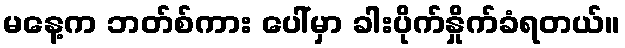
မနေ့က ဘတ်စ်ကား ပေါ်မှာ ခါးပိုက်နှိုက်ခံရတယ်။